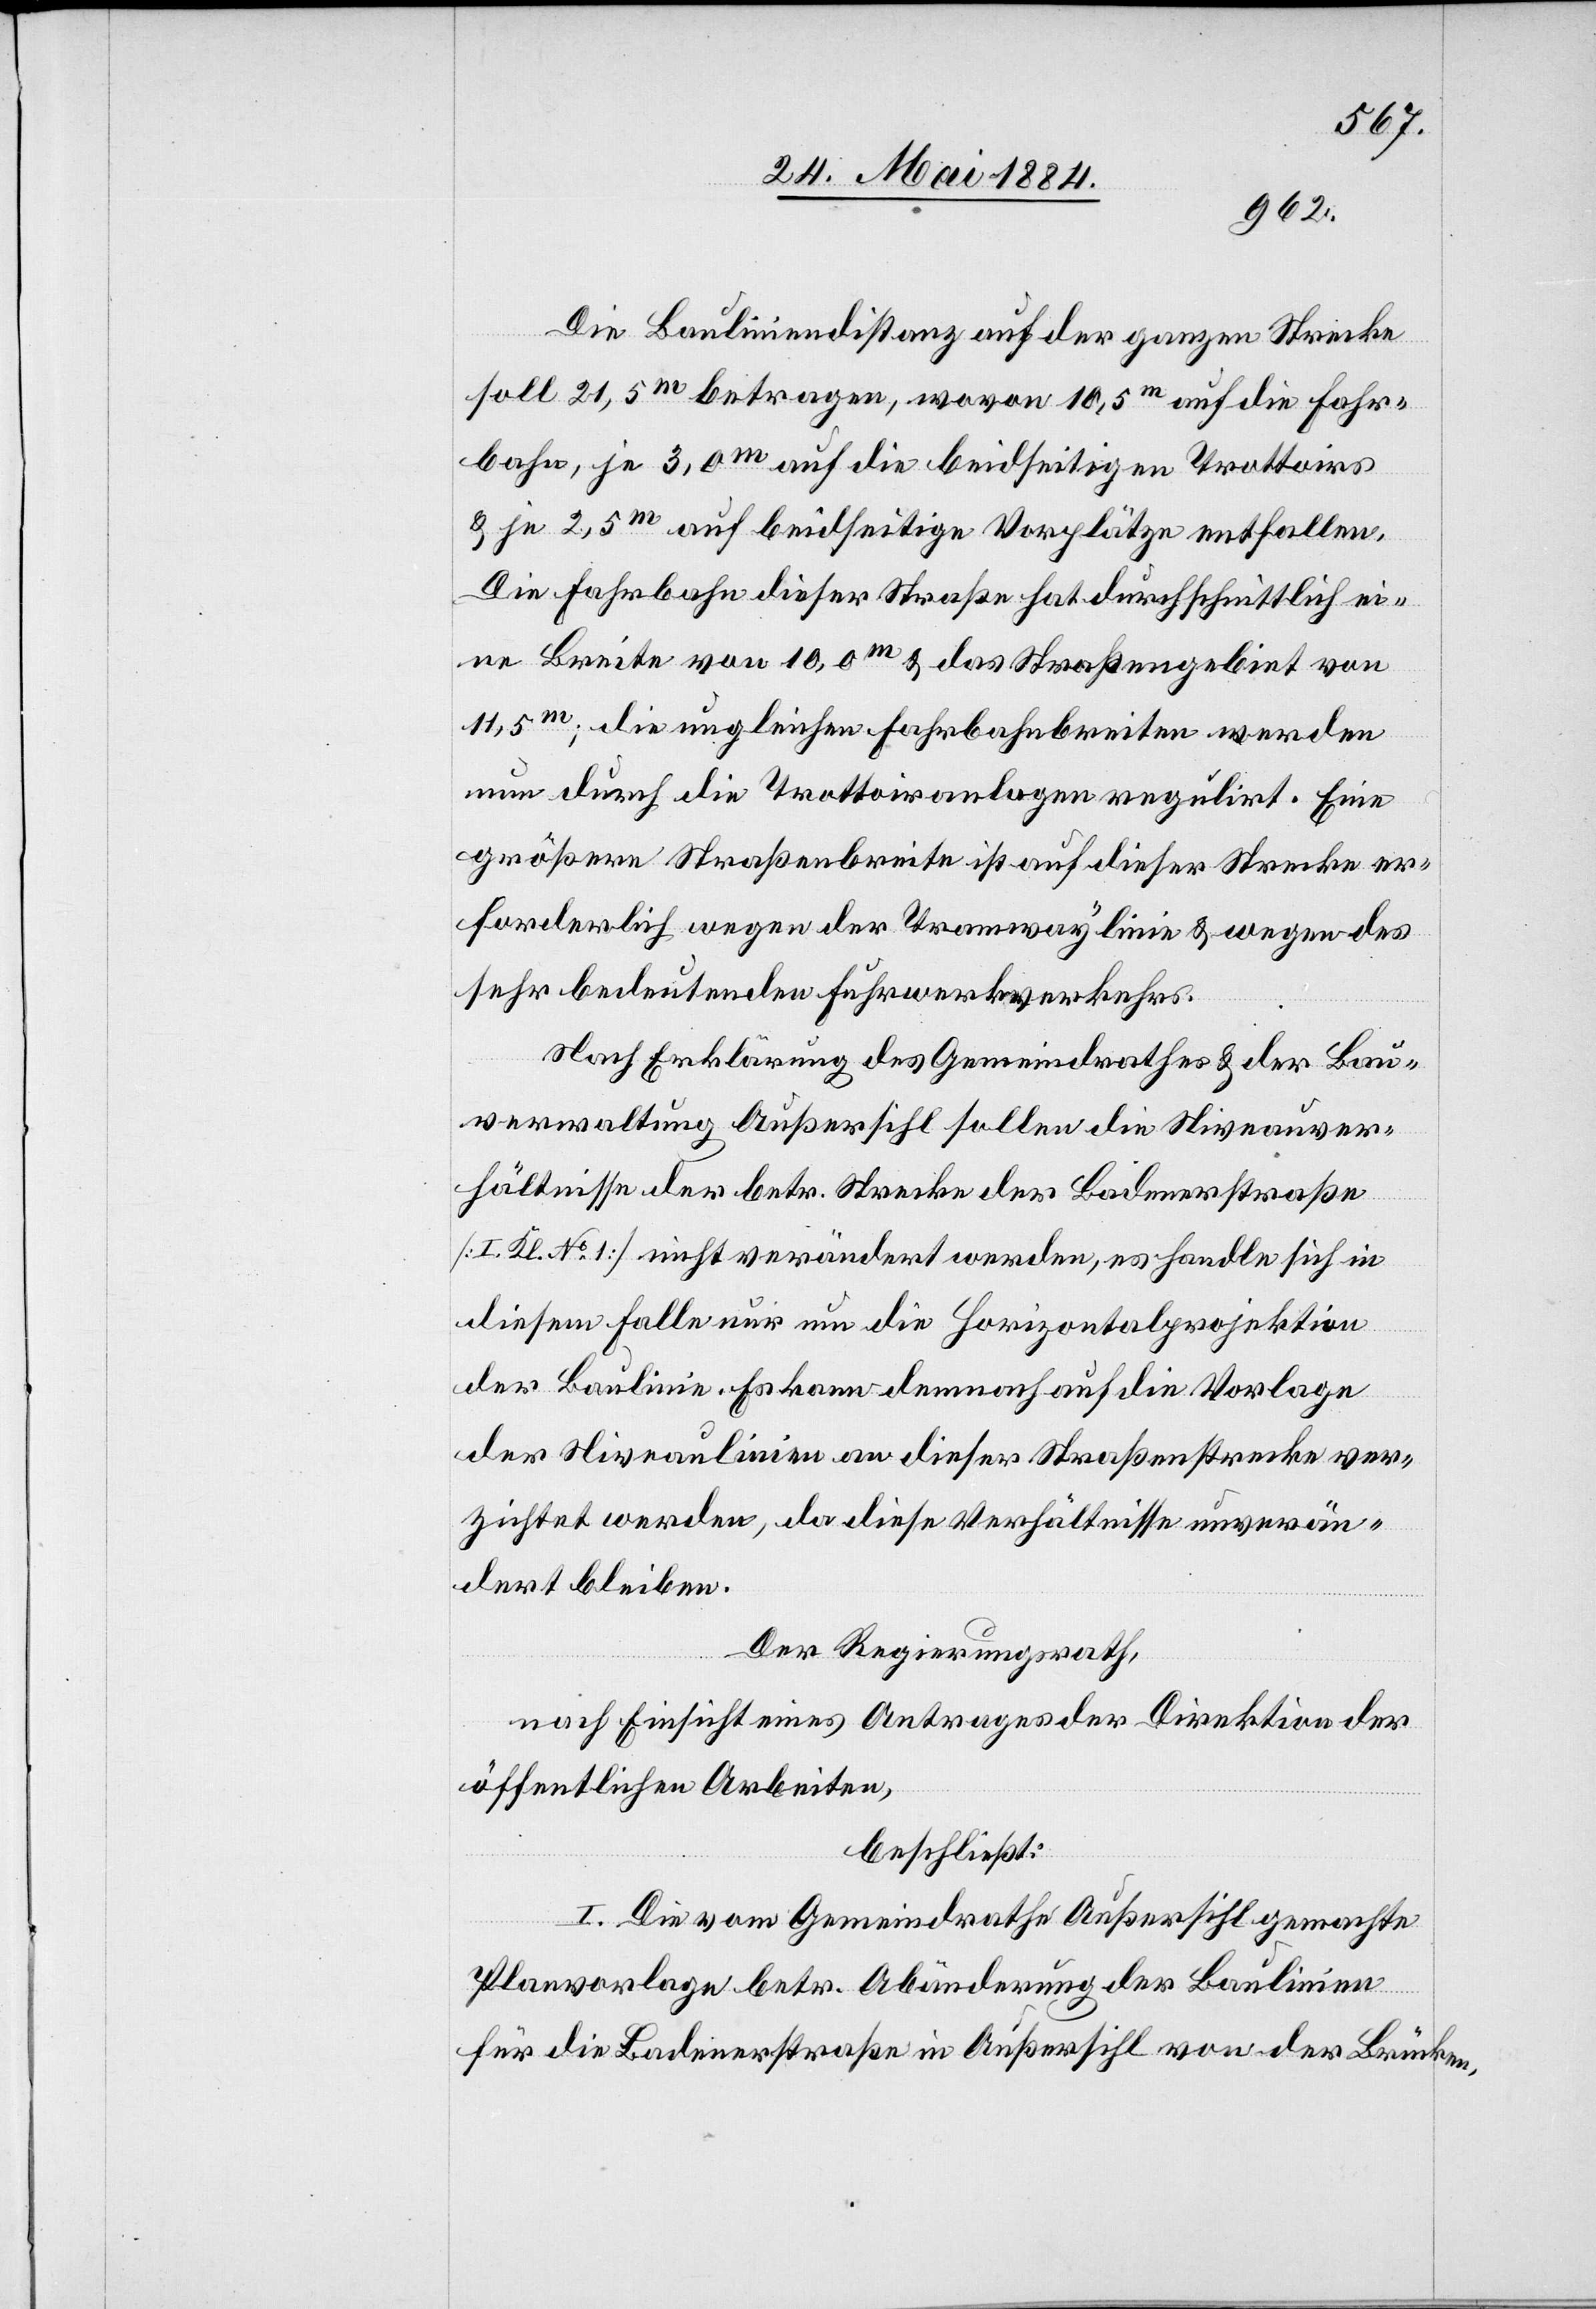
Die Bauliniendistanz auf der ganzen Strecke
soll 21,5m betragen, wovon 10,5m auf die Fahr¬
bahn, je 3,0m auf die beidseitigen Trottoirs
& je 2,5m auf beidseitige Vorplätze entfallen.
Die Fahrbahn dieser Straße hat durchschnittlich ei¬
ne Breite von 10,0m & das Straßengebiet von
11,5m; die ungleichen Fahrbahnbreiten werden
nun durch die Trottoiranlagen regulirt. Eine
größere Straßenbreite ist auf dieser Strecke er¬
forderlich wegen der Tramwaylinie & wegen des
sehr bedeutenden Fuhrwerkverkehrs.
Nach Erklärung des Gemeindrathes & der Bau¬
verwaltung Außersihl sollen die Niveauver¬
hältnisse der betr. Strecke der Badenerstraße
[I. Kl. No 1] nicht verändert werden, es handle sich in
diesem Falle nur um die Horizontalprojektion
der Baulinie. Es kann demnach auf die Vorlage
der Niveaulinien an dieser Straßenstrecke ver¬
zichtet werden, da diese Verhältnisse unverän¬
dert bleiben.
Der Regierungsrath,
nach Einsicht eines Antrages der Direktion der
öffentlichen Arbeiten,
beschließt:
I. Die vom Gemeindrathe Außersihl gemachte
Planvorlage betr. Abänderung der Baulinien
für die Badenerstraße in Außersihl von der Brücken-